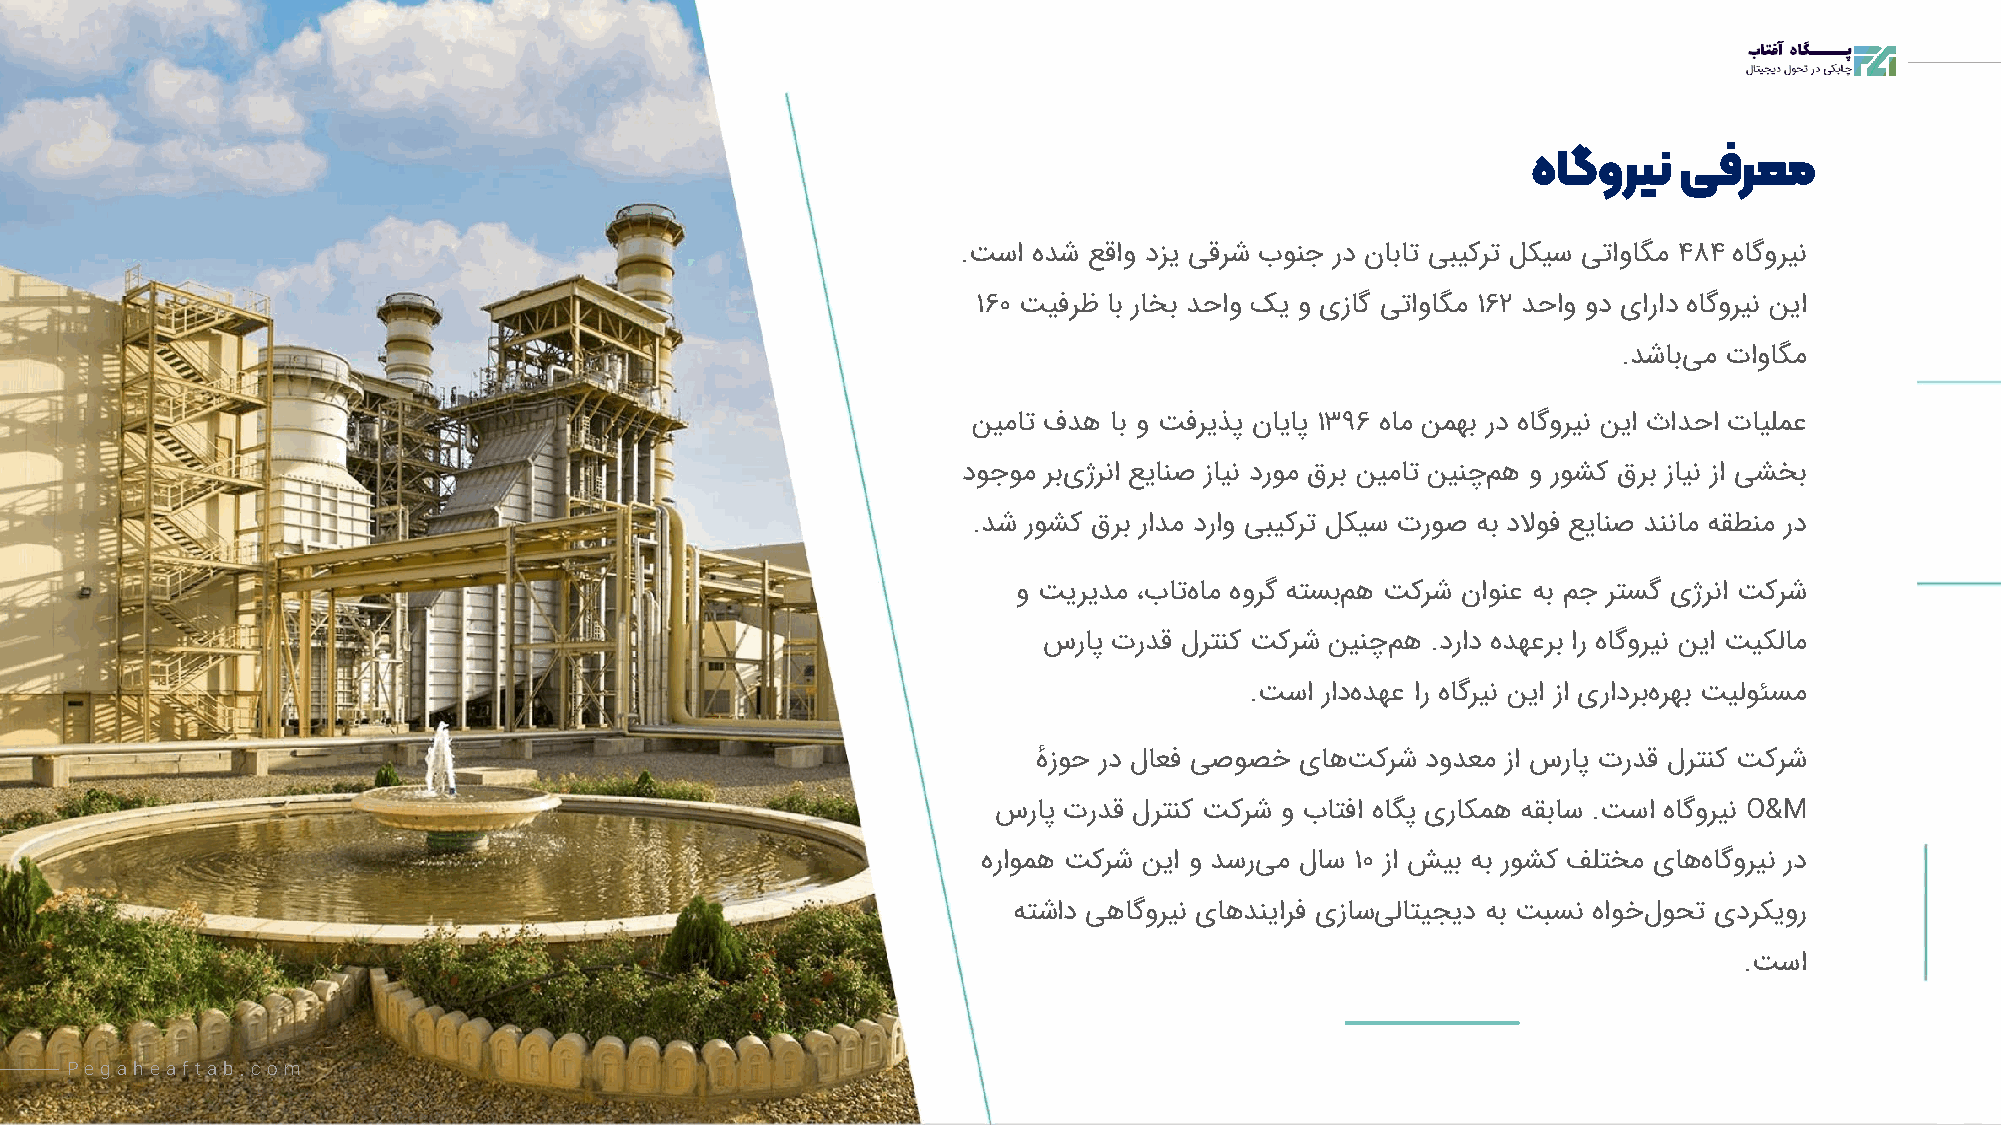
هاگورین   یفرعم
 .تسا هدش عقاو دزی یقرش بونج رد نابات یبیکرت لکیس یتاواگم ۴۸۴ هاگورین
 ۱۶۰ تیفرظ اب راخب دحاو کی و یزاگ یتاواگم ۱۶۲ دحاو ود یاراد هاگورین نیا
 .دشابی م تاواگم
 نیمات فده اب و تفریذپ نایاپ ۱۳۹۶ هام نمهب رد هاگورین نیا ثادحا تایلمع
 دوجوم ربی ژرنا عیانص زاین دروم قرب نیمات نینچ مه و روشک قرب زاین زا یشخب
 .دش روشک قرب رادم دراو یبیکرت لکیس تروص هب دلاوف عیانص دننام هقطنم رد
 و تیریدم ،بات هام هورگ هتسب مه تکرش ناونع هب مج رتسگ یژرنا تکرش
 سراپ تردق لرتنک تکرش نینچ مه .دراد هدهعرب ار هاگورین نیا تیکلام
 .تسا راد هدهع ار هاگرین نیا زا یرادربه رهب تیلوئسم
 هٔ زوح رد لاعف یصوصخ یاهتکرش دودعم زا سراپ تردق لرتنک تکرش
 سراپ تردق لرتنک تکرش و باتفا هاگپ یراکمه هقباس .تسا هاگو رین O&M
 هراومه تکرش نیا و دسریم لاس ۱۰ زا شیب هب روشک فلتخم یاههاگورین رد
 هتشاد یهاگورین یاه دنیارف یزاس یلاتیجید هب تبسن هاوخ لوحت یدرکیور
 .تسا
 Pe g ahe af t ab .c o m